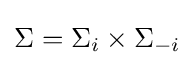
\Sigma =\Sigma _{i}\times \Sigma _{-i}